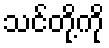
သင်တို့ကို